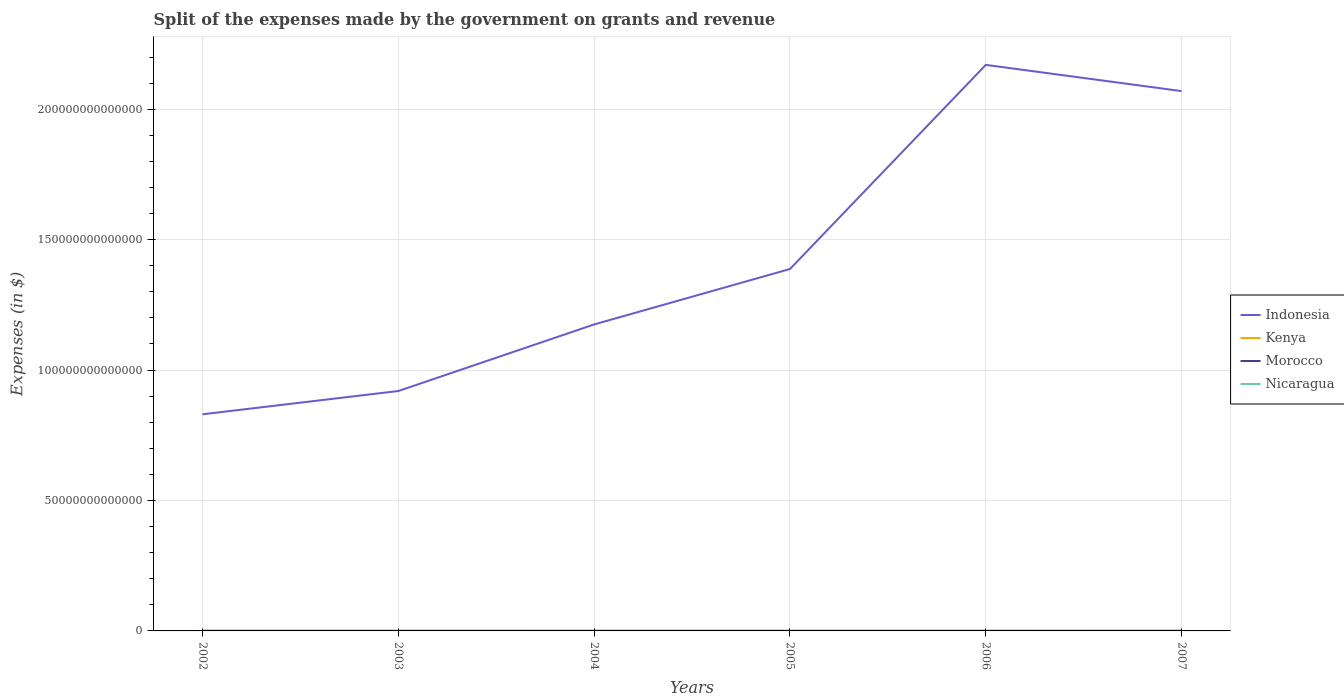
| Years | Indonesia | Kenya | Morocco | Nicaragua |
 | --- | --- | --- | --- | --- |
 | 2002 | 8.31e+13 | 5.49e+10 | 2.93e+10 | 2.35e+09 |
 | 2003 | 9.2e+13 | 2.51e+10 | 2.68e+10 | 2.81e+09 |
 | 2004 | 1.17e+14 | 5.44e+10 | 3.17e+10 | 3.35e+09 |
 | 2005 | 1.39e+14 | 3.64e+10 | 2.56e+10 | 3.79e+09 |
 | 2006 | 2.17e+14 | 3.59e+10 | 3.04e+10 | 4.94e+09 |
 | 2007 | 2.07e+14 | 3.28e+10 | 3.32e+10 | 5.51e+09 |